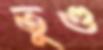
তুণ্ড